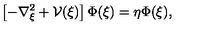
\left[ - \nabla _ { \mathrm { \boldmath \scriptstyle { \xi } } } ^ { 2 } + { \mathcal V } ( \mathrm { \boldmath \xi } ) \right] \Phi ( \mathrm { \boldmath \xi } ) = \eta \Phi ( \mathrm { \boldmath \xi } ) ,